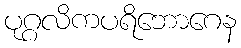
ပုဂ္ဂလိကပရိဘောဂေန